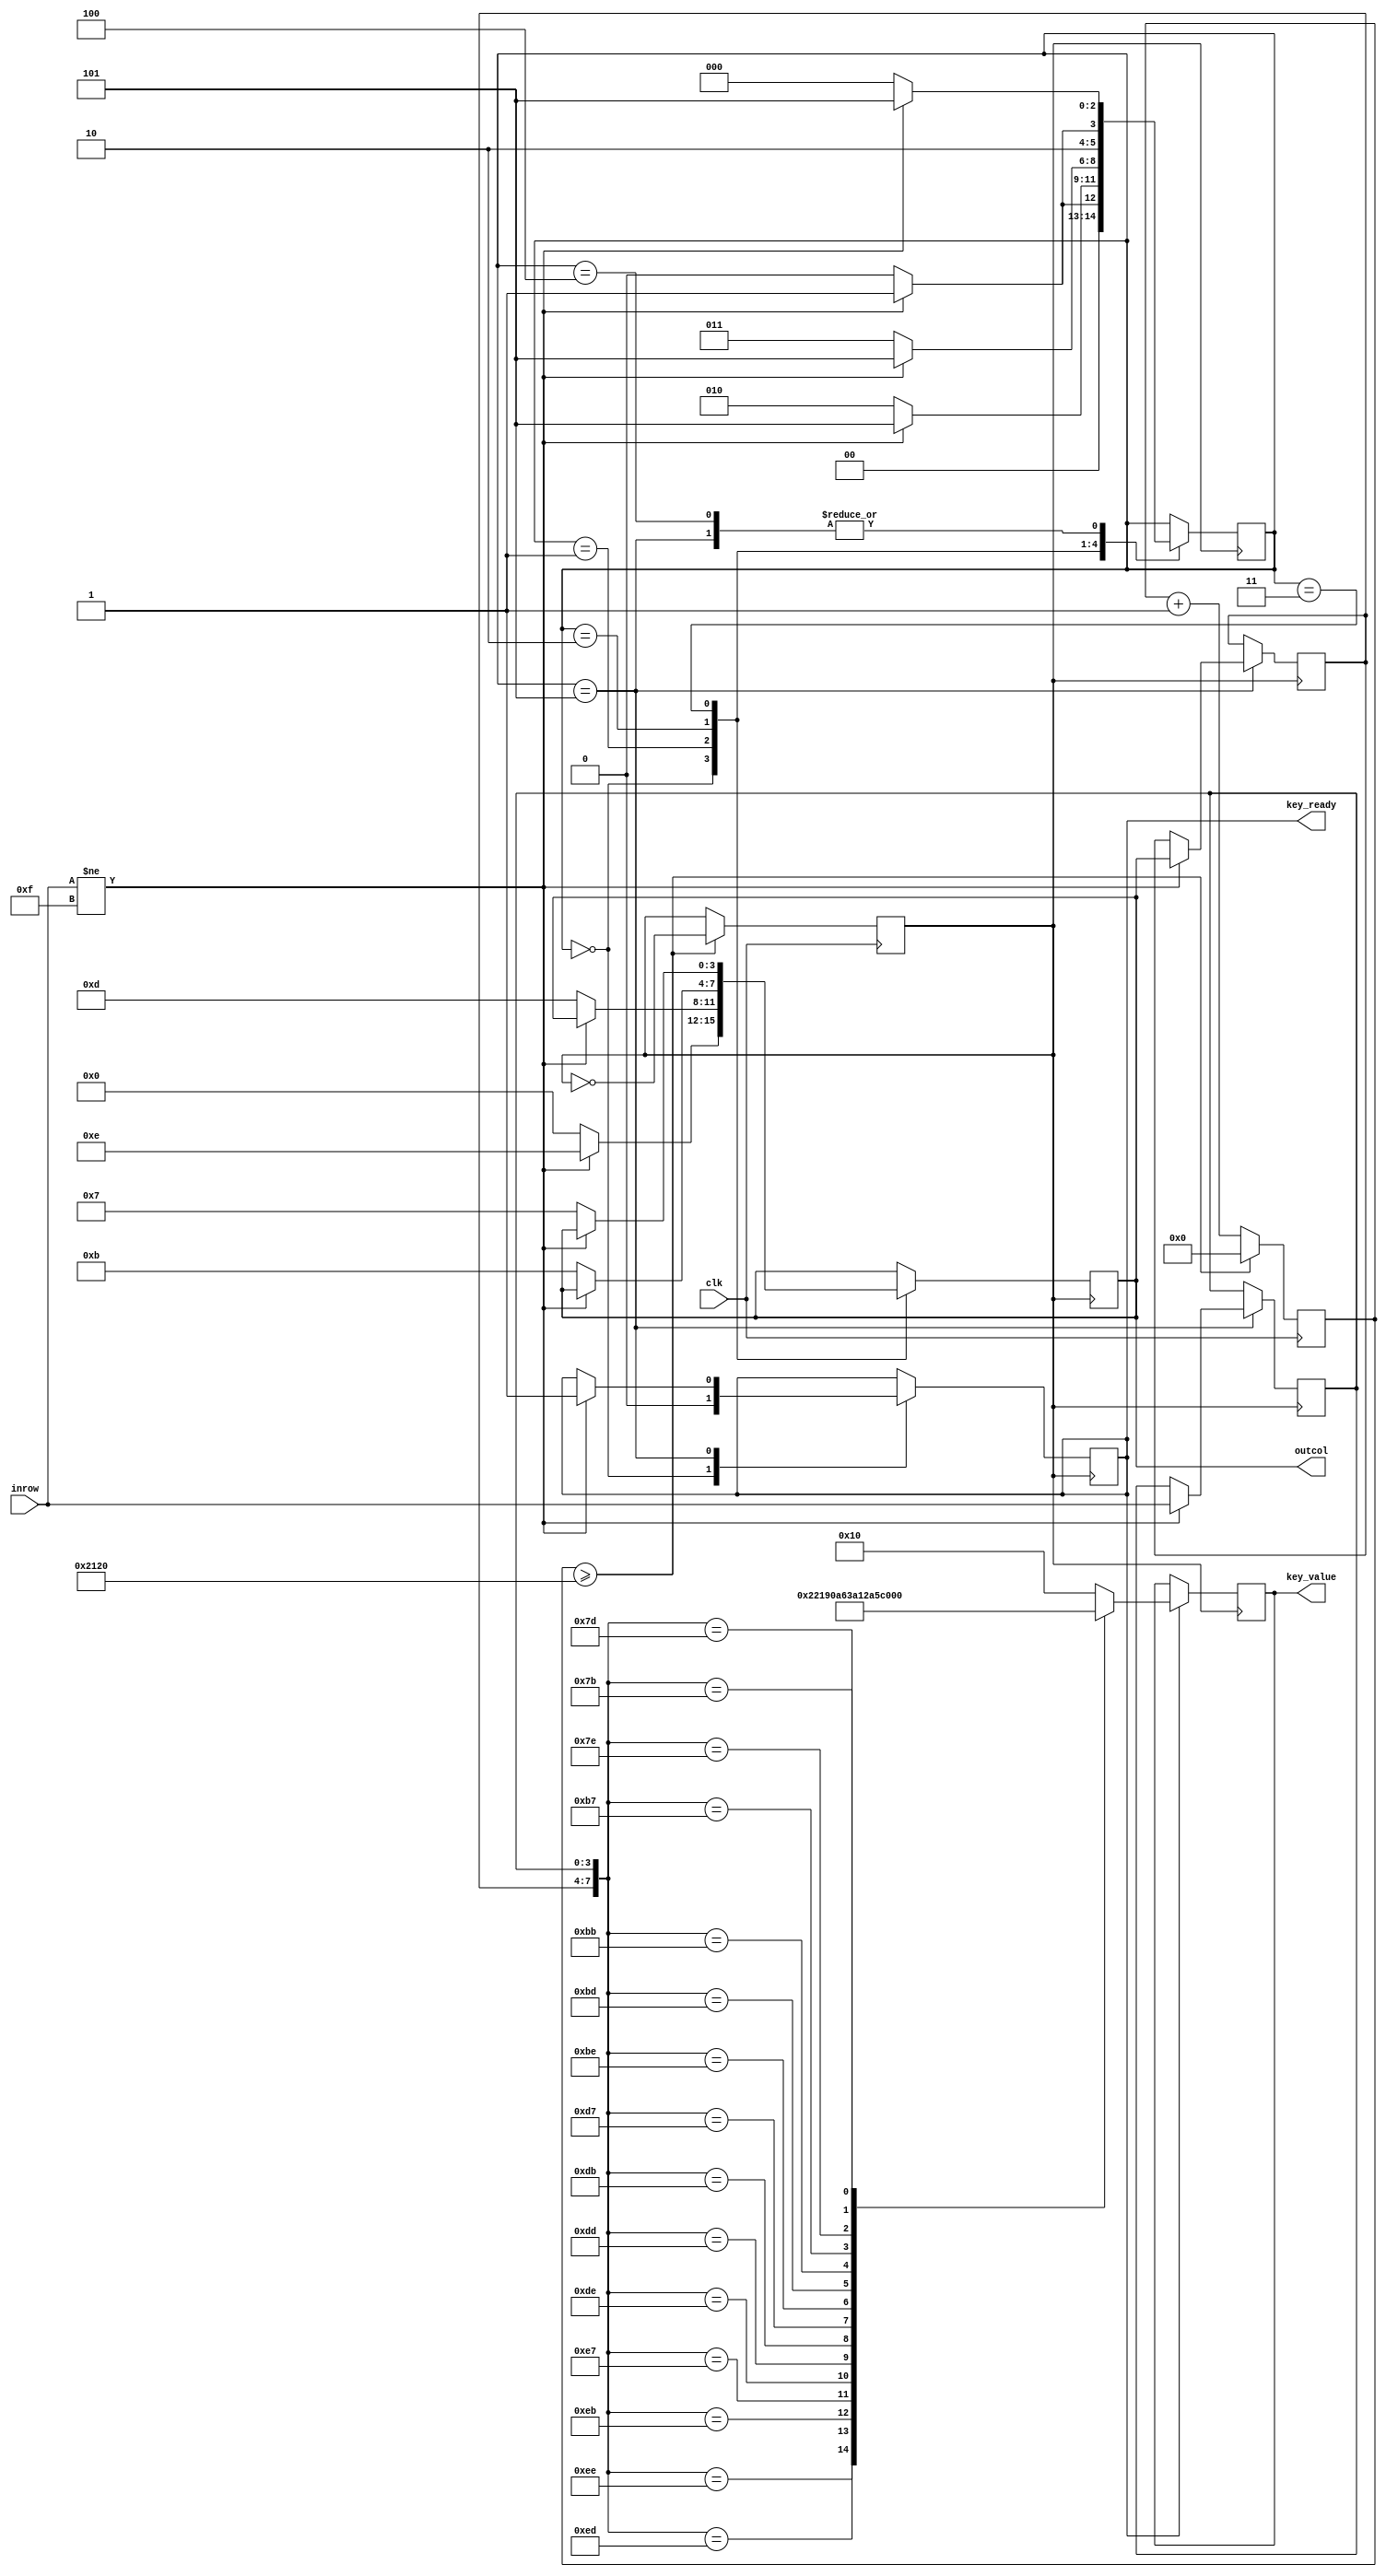
module jianpandujianma(
					clk,
					inrow,outcol,
					key_value,
					key_ready,
					
						);

input   clk;                            
input   [3:0]   inrow;                 
output  [3:0]   outcol;          //outcode    
output  [4:0]   key_value;           // code  
output  key_ready;                      
reg     clock;                          
reg     clock_2;                          
reg     clock_3;  
reg     key_flag;                       
reg     jud_flag;                       
reg     [3:0]   col;                    
reg     [3:0]   inrow_reg;    //shuzhe           
reg     [3:0]   outcol_reg;      //hang        
reg     [2:0]   state;                  
reg     [4:0]   key_value;             
reg     [15:0]  count;
reg     [15:0]  count_2;
reg     [15:0]  count_3;
reg     [30:0]  count_4;
reg     [7:0]   keynum_1;              
reg     [7:0]   key_num0;              
//25hzʱ
always@(posedge clk)                    
begin
    count<=count+1;
    if(count>=15'd500000)                          
    begin
        clock<=~clock;
        count<=0;                         
    end
end
////////////////////////////////////////////
//ͨ6״̬״̬ɶԼ̵ɨ裺ȷǷа>ɨ衪>ͳһ
always@(posedge clock)
begin
case(state)
    0:                                            
    begin
        col<=4'b0000;                             
        key_flag<=1'b0;
        if(inrow!=4'b1111)                       
        begin
            state<=1;
            col<=4'b1110;                        
        end
        else state<=0;                            
    end
    1:
    begin
        if(inrow!=4'b1111)
        begin
            state<=5;                              
        end     
        else
        begin
            state<=2;
            col<=4'b1101;
        end
    end
    2:
    begin
        if(inrow!=4'b1111)
        begin
            state<=5;
        end     
        else
        begin
            state<=3;col<=4'b1011;
        end
    end
    3:
    begin
        if(inrow!=4'b1111)
        begin
            state<=5;
        end     
        else
        begin
            state<=4;col<=4'b0111;
        end
    end
    4:  
    begin
        if(inrow!=4'b1111)
        begin
            state<=5;
        end
        else state<=0;
    end
    5:
    begin
        if(inrow!=4'b1111)
        begin
            inrow_reg<=inrow;    
            outcol_reg<=col;     
            key_flag<=1'b1;      
            state<=5;            
        end
        else    state<=0;
    end
endcase
end 
/////////////////////////////////////////////////////////
always@(clock)
begin
		if (keynum_1 == {outcol_reg,inrow_reg}) 
        begin 
			jud_flag<=1;
        end
        else 
        begin
			jud_flag<=0;
			keynum_1<={outcol_reg,inrow_reg};
        end
 
end
//Լɨõֵ
always@(posedge clock)
begin
    if(key_flag==1'b1)
    begin
			
			    
			case({outcol_reg,inrow_reg})// hang shuzhe
            8'b1110_1110:begin  key_value<=0;end 
            8'b1110_1101:begin  key_value<=1;end 
            8'b1110_1011:begin  key_value<=2;end 
            8'b1110_0111:begin  key_value<=3;end 
            8'b1101_1110:begin  key_value<=4;end 
            8'b1101_1101:begin  key_value<=5;end 
            8'b1101_1011:begin  key_value<=6;end 
            8'b1101_0111:begin  key_value<=7;end 
            8'b1011_1110:begin  key_value<=8;end 
            8'b1011_1101:begin  key_value<=9;end 
            8'b1011_1011:begin key_value<=10;end
            8'b1011_0111:begin key_value<=11;end
            8'b0111_1110:begin key_value<=12;end
            8'b0111_1101:begin key_value<=13;end
            8'b0111_1011:begin key_value<=14;end
            8'b0111_0111:begin key_value<=16;end
            default: key_value <= 16; 
			endcase
    end
end

assign key_ready=key_flag;// cmd is key_ready
assign outcol=col;

endmodule